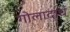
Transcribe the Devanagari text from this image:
गोलादार्ध